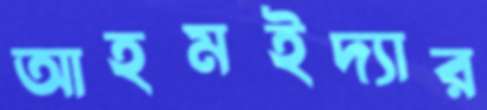
আহমইদ্যার